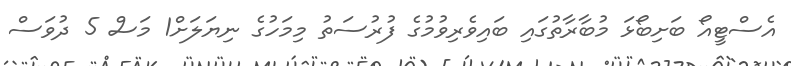
އެސްޓީއޯ ބަށިބޯޅަ މުބާރާތުގައި ބައިވެރިވުމުގެ ފުރުސަތު މިމަހުގެ ނިޔަލަށް1 މަސް 5 ދުވަސް